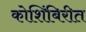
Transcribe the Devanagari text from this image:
कोशिंबिरीत